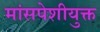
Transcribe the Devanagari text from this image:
मांसपेशीयुक्त